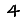
Digit: 4